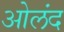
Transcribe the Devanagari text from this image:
ओलंद